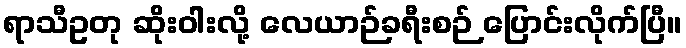
ရာသီဥတု ဆိုးဝါးလို့ လေယာဉ်ခရီးစဉ် ပြောင်းလိုက်ပြီ။